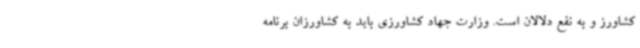
کشاورز و به نفع دلالان است. وزارت جهاد کشاورزی باید به کشاورزان برنامه